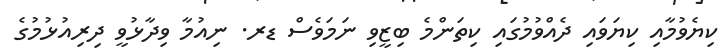
ކިޔެވުމާއި ކިޔަވައި ދެއްވުމުގައި ކިތަންމެ ބިޒީވި ނަމަވެސް ޑރ. ނިއުމާ ވިދާޅުވީ ދިރިއުޅުމުގެ